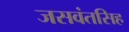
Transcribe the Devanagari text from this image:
जसवंतसिह